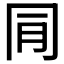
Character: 𠕔